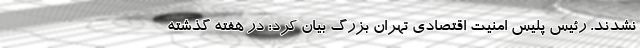
نشدند. رئیس پلیس امنیت اقتصادی تهران بزرگ بیان کرد: در هفته گذشته